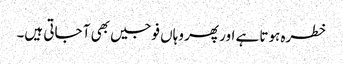
خطرہ ہوتا ہے اور پھر وہاں فوجیں بھی آ جاتی ہیں۔